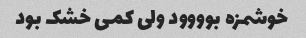
خوشمزه بوووود ولی کمی خشک بود